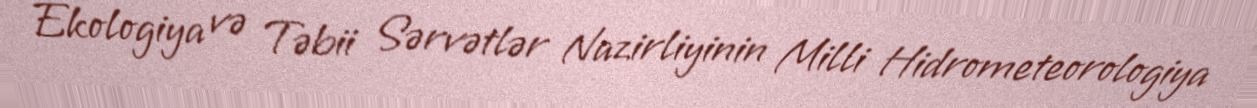
Ekologiya və Təbii Sərvətlər Nazirliyinin Milli Hidrometeorologiya